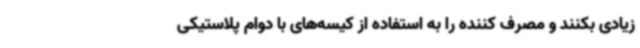
زیادی بکنند و مصرف کننده را به استفاده از کیسه‌های با دوام پلاستیکی